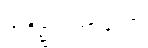
အဒိဋ္ဌသဟာယော